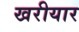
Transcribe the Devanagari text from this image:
खरीयार